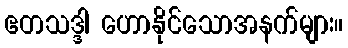
ဧတသဒ္ဒါ ဟောနိုင်သောအနက်များ။